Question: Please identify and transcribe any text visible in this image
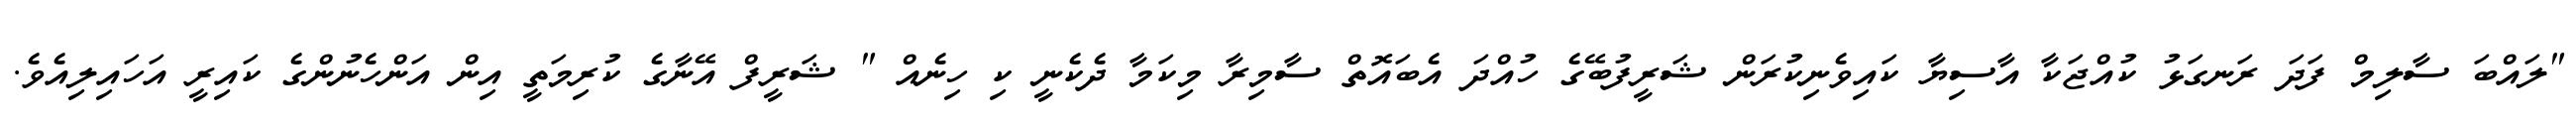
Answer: "ލައްބަ ސާލިމް ފަދަ ރަނގަޅު ކުއްޖަކާ އާސިޔާ ކައިވެނިކުރަން ޝަރީފުބޭގެ ހުއްދަ އެބައޮތް ސާމިރާ މިކަމާ ދެކެނީ ކި ހިނެއް " ޝަރީފް އޭނާގެ ކުރިމަތީ އިން އަންހެނުންގެ ކައިރީ އަހައިލިއެވެ.